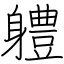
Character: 軆